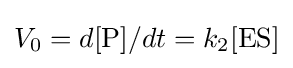
V_{0}=d[{\ce {P}}]/dt=k_{2}[{\mathrm {ES} }]